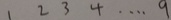
1 2 3 4 \cdots 9